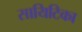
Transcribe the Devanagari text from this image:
सायिटिका